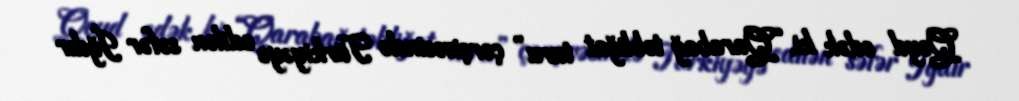
Qeyd edək ki, “Qarabağ təbliğat turu” çərçivəsində Türkiyəyə edilən səfər İğdır